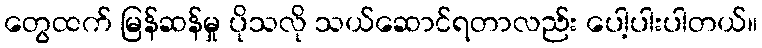
တွေထက် မြန်ဆန်မှု ပိုသလို သယ်ဆောင်ရတာလည်း ပေါ့ပါးပါတယ်။